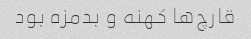
قارچ‌ها کهنه و بدمزه بود